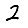
Digit: 2